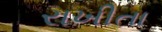
રાખીતા